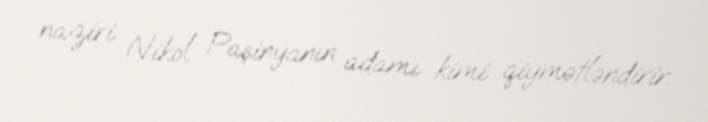
naziri Nikol Paşinyanın adamı kimi qiymətləndirir.